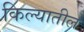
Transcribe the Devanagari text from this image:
किल्यातील